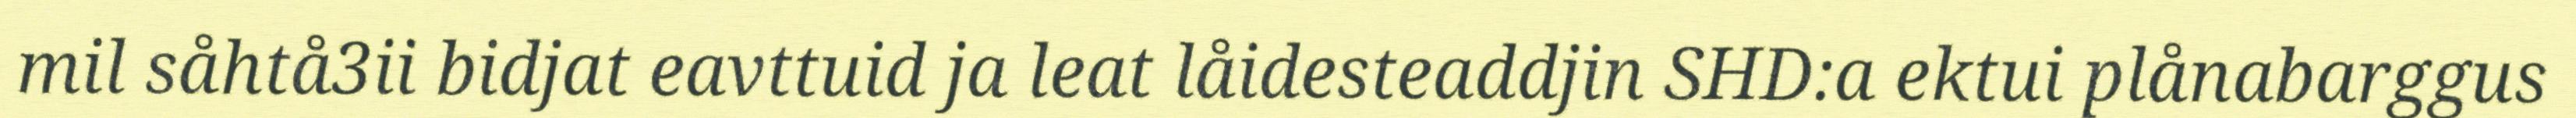
mil såhtå3ii bidjat eavttuid ja leat låidesteaddjin SHD:a ektui plånabarggus